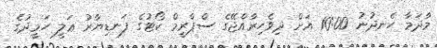
މާދަމާ ހެނދުނު 10:00 އަށް ދިވެހިރާއްޖޭގެ ސްޕްރީމް ކޯޓުގެ ފަނޑިޔާރު ޢަލީ ހަމީދުގެ